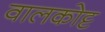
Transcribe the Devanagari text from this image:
वालकोट्ट